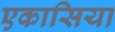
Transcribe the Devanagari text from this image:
एकासिया